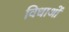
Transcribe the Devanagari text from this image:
विधाओं